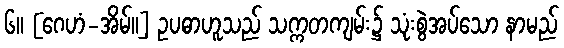
၆။ [ဂေဟံ-အိမ်။] ဥပဓာဟူသည် သက္ကတကျမ်း၌ သုံးစွဲအပ်သော နာမည်